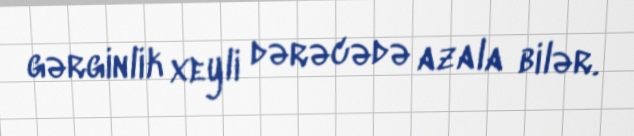
gərginlik xeyli dərəcədə azala bilər.